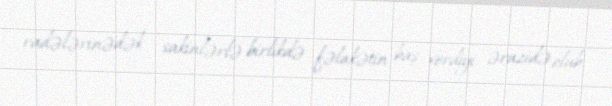
radələrinədək sakinlərlə birlikdə fəlakətin baş verdiyi ərazidə olub.